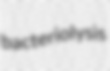
bacteriolysis